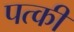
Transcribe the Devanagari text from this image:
पत्‍की